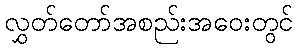
လွှတ်တော်အစည်းအဝေးတွင်